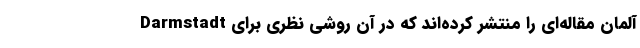
Darmstadt آلمان مقاله‌ای را منتشر کرده‌اند که در آن روشی نظری برای